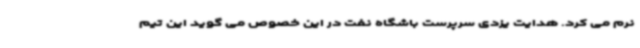
نرم می کرد. هدایت یزدی سرپرست باشگاه نفت در این خصوص می گوید این تیم